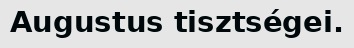
Augustus tisztségei.